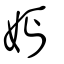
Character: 𡛔